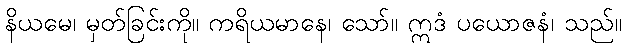
နိယမေ၊ မှတ်ခြင်းကို။ ကရိယမာနေ၊ သော်။ ဣဒံ ပယောဇနံ၊ သည်။